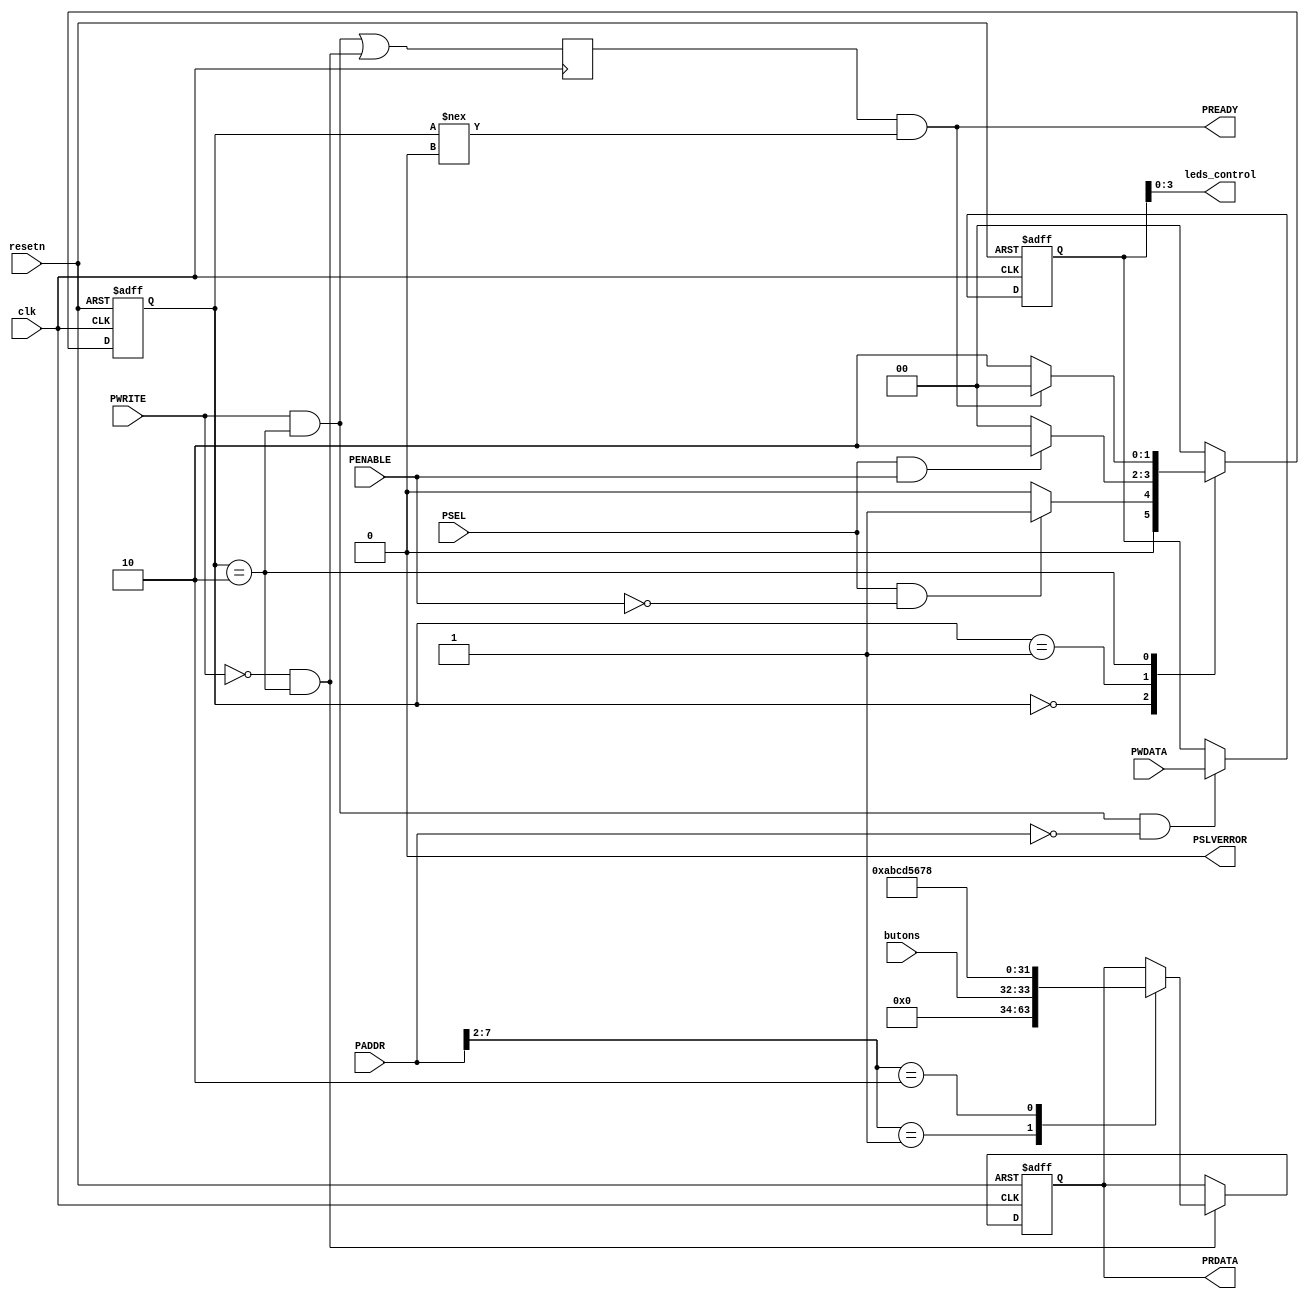
///////////////////////////////////////////////////////////////////////////////////
// Copyright (c) 2022 github-efx
// 
// Permission is hereby granted, free of charge, to any person obtaining a copy
// of this software and associated documentation files (the "Software"), to deal
// in the Software without restriction, including without limitation the rights
// to use, copy, modify, merge, publish, distribute, sublicense, and/or sell
// copies of the Software, and to permit persons to whom the Software is
// furnished to do so, subject to the following conditions:
// 
// The above copyright notice and this permission notice shall be included in all
// copies or substantial portions of the Software.
// 
// THE SOFTWARE IS PROVIDED "AS IS", WITHOUT WARRANTY OF ANY KIND, EXPRESS OR
// IMPLIED, INCLUDING BUT NOT LIMITED TO THE WARRANTIES OF MERCHANTABILITY,
// FITNESS FOR A PARTICULAR PURPOSE AND NONINFRINGEMENT. IN NO EVENT SHALL THE
// AUTHORS OR COPYRIGHT HOLDERS BE LIABLE FOR ANY CLAIM, DAMAGES OR OTHER
// LIABILITY, WHETHER IN AN ACTION OF CONTRACT, TORT OR OTHERWISE, ARISING FROM,
// OUT OF OR IN CONNECTION WITH THE SOFTWARE OR THE USE OR OTHER DEALINGS IN THE
// SOFTWARE.
///////////////////////////////////////////////////////////////////////////////////

`timescale 1ns / 1ps

module apb3_gpio #(
   parameter   ADDR_WIDTH  = 16,
   parameter   DATA_WIDTH  = 32,
   parameter   NUM_REG     = 10
) (
	output   	[3:0]         	leds_control,
	input   	[1:0]          	butons,
	input                   	clk,
	input                   	resetn,
	input  [ADDR_WIDTH-1:0] 	PADDR,
	input                   	PSEL,
	input                   	PENABLE,
	output                  	PREADY,
	input                   	PWRITE,
	input  [DATA_WIDTH-1:0] 	PWDATA,
	output [DATA_WIDTH-1:0] 	PRDATA,
	output                  	PSLVERROR
);

///////////////////////////////////////////////////////////////////////////////

localparam [1:0] IDLE   = 2'b00,
                 SETUP  = 2'b01,
                 ACCESS = 2'b10;

reg [1:0]            busState, 
                     busNext;
reg [DATA_WIDTH-1:0] slaveReg [0:NUM_REG-1];
reg [DATA_WIDTH-1:0] slaveRegOut;
reg                  slaveReady;
wire                 actWrite,
                     actRead;
integer              byteIndex;

///////////////////////////////////////////////////////////////////////////////

   always@(posedge clk or negedge resetn)
   begin
      if(!resetn) 
         busState <= IDLE; 
      else
         busState <= busNext; 
   end

   always@(*)
   begin
      busNext = busState;
   
      case(busState)
         IDLE:
         begin
            if(PSEL && !PENABLE)
               busNext = SETUP;
            else
               busNext = IDLE;
         end
         SETUP:
         begin
            if(PSEL && PENABLE)
               busNext = ACCESS;
            else
               busNext = IDLE;
         end
         ACCESS:
         begin
            if(PREADY)
               busNext = IDLE;
            else
               busNext = ACCESS;
         end
         default:
         begin
            busNext = IDLE;
         end
      endcase
   end

   assign actWrite   = PWRITE  & (busState == ACCESS);
   assign actRead    = !PWRITE & (busState == ACCESS);
   assign PSLVERROR  = 1'b0; //FIXME
   assign PRDATA     = slaveRegOut;
   assign PREADY     = slaveReady & & (busState !== IDLE);

   always@ (posedge clk)
   begin
      slaveReady <= actWrite | actRead;
   end

   always@ (posedge clk or negedge resetn)
   begin
      if(!resetn)
         for(byteIndex = 0; byteIndex < NUM_REG; byteIndex = byteIndex + 1)
            slaveReg[byteIndex] <= {{DATA_WIDTH}{1'b0}};
      else begin
         for(byteIndex = 0; byteIndex < NUM_REG; byteIndex = byteIndex + 1)
            if(actWrite && PADDR[ADDR_WIDTH-1:0] == (byteIndex*4))
               slaveReg[byteIndex] <= PWDATA;
            else
               slaveReg[byteIndex] <= slaveReg[byteIndex];
      end
   end

   always@ (posedge clk or negedge resetn)
   begin
      if(!resetn)
         slaveRegOut <= {{DATA_WIDTH}{1'b0}};
      else begin
         if (actRead) begin
            case(PADDR[7:2])
               5'd1  : slaveRegOut <= {29'b0,butons};
               5'd2 : slaveRegOut <= 32'hABCD_5678;   //To verify correct slave read operation
               default: begin slaveRegOut <= slaveRegOut; end
            endcase
         end
         else
            slaveRegOut <= slaveRegOut;
      end
   end

   //custom logic starts here
   assign leds_control              = slaveReg[0][3:0];

   
endmodule
/*
module apb3_slave #(
	// user parameter starts here
	//
	parameter	ADDR_WIDTH	= 16,
	parameter	DATA_WIDTH	= 32,
	parameter	NUM_REG		= 4
) (
	// user logic starts here
	input				     clk,
	input				     resetn,
	input	[ADDR_WIDTH-1:0] PADDR,
	input				     PSEL,
	input				     PENABLE,
	output				     PREADY,
	input				     PWRITE,
	input 	[DATA_WIDTH-1:0] PWDATA,
	output	[DATA_WIDTH-1:0] PRDATA,
	output				     PSLVERROR

);


///////////////////////////////////////////////////////////////////////////////

localparam [1:0]	IDLE   = 2'b00,
			        SETUP  = 2'b01,
			        ACCESS = 2'b10;

integer			     byteIndex;
reg [DATA_WIDTH-1:0] slaveReg [0:NUM_REG-1];
reg [DATA_WIDTH-1:0] slaveRegOut;
reg [1:0] 		     busState, 
			         busNext;
reg			         slaveReady;
wire	 		     actWrite,
			         actRead;
reg [31:0]           lfsr;
wire                 lfsr_stop;


///////////////////////////////////////////////////////////////////////////////

	always@(posedge clk or negedge resetn)
	begin
		if(!resetn) 
			busState <= IDLE; 
		else
			busState <= busNext; 
	end

	always@(*)
	begin
		busNext = busState;

		case(busState)
			IDLE:
			begin
				if(PSEL && !PENABLE)
					busNext = SETUP;
				else
					busNext = IDLE;
			end
			SETUP:
			begin
				if(PSEL && PENABLE)
					busNext = ACCESS;
				else
					busNext = IDLE;
			end
			ACCESS:
			begin
				if(PREADY)
					busNext = IDLE;
				else
					busNext = ACCESS;
			end
			default:
			begin
				busNext = IDLE;
			end
		endcase
	end


	assign actWrite = PWRITE  & (busState == ACCESS);
	assign actRead  = !PWRITE & (busState == ACCESS);
	assign PSLVERROR = 1'b0; 
	assign PRDATA = slaveRegOut;
	assign PREADY = slaveReady & & (busState !== IDLE);

	always@ (posedge clk)
	begin
		slaveReady <= actWrite | actRead;
	end

	always@ (posedge clk or negedge resetn)
	begin
		if(!resetn)
			for(byteIndex = 0; byteIndex < NUM_REG; byteIndex = byteIndex + 1)
			slaveReg[byteIndex] <= {DATA_WIDTH{1'b0}};
		else 
        begin
			if(actWrite) 
            begin
			    for(byteIndex = 0; byteIndex < NUM_REG; byteIndex = byteIndex + 1)
                if (PADDR[3:0] == (byteIndex*4))
				    slaveReg[byteIndex] <= PWDATA;
            end
			else
            begin
				slaveReg[0] <= lfsr;
                for(byteIndex = 1; byteIndex < NUM_REG; byteIndex = byteIndex + 1)
                slaveReg[byteIndex] <= slaveReg[byteIndex];
            end
		end
	end

	always@ (posedge clk or negedge resetn)
	begin
		if(!resetn)
			slaveRegOut <= {DATA_WIDTH{1'b0}};
		else begin
			if(actRead)
				slaveRegOut <= slaveReg[PADDR[7:2]];
			else
				slaveRegOut <= slaveRegOut;
				
		end

	end

    assign lfsr_stop = slaveReg[1][0];
//custom logics

    always@(posedge clk or negedge resetn)
    begin 
        if (!resetn)
            lfsr <= 'd1;
        else
        begin
            if(!lfsr_stop)
            begin
                lfsr[31] <= lfsr[0];
                lfsr[30] <= lfsr[31];
                lfsr[29] <= lfsr[30];
                lfsr[28] <= lfsr[29];
                lfsr[27] <= lfsr[28];
                lfsr[26] <= lfsr[27];
                lfsr[25] <= lfsr[26];
                lfsr[24] <= lfsr[25];
                lfsr[23] <= lfsr[24];
                lfsr[22] <= lfsr[23];
                lfsr[21] <= lfsr[22];
                lfsr[20] <= lfsr[21];
                lfsr[19] <= lfsr[20];
                lfsr[18] <= lfsr[19];
                lfsr[17] <= lfsr[18];
                lfsr[16] <= lfsr[17];
                lfsr[15] <= lfsr[16];
                lfsr[14] <= lfsr[15];
                lfsr[13] <= lfsr[14];
                lfsr[12] <= lfsr[13];
                lfsr[11] <= lfsr[12];
                lfsr[10] <= lfsr[11];
                lfsr[9 ] <= lfsr[10];
                lfsr[8 ] <= lfsr[9 ];
                lfsr[7 ] <= lfsr[8 ];
                lfsr[6 ] <= lfsr[7 ];
                lfsr[5 ] <= lfsr[6 ];
                lfsr[4 ] <= lfsr[5 ];
                lfsr[3 ] <= lfsr[4 ] ^ lfsr[0];
                lfsr[2 ] <= lfsr[3 ];
                lfsr[1 ] <= lfsr[2 ];
                lfsr[0 ] <= lfsr[1 ] ^ lfsr[0];
            end
            else
            begin
                lfsr <= lfsr;
            end
        end
    end

endmodule*/